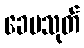
ခေမသုတ်